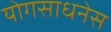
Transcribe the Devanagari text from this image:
योगसाधनेस